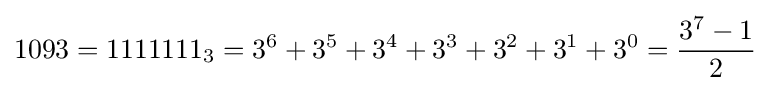
1093=1111111_{3}=3^{6}+3^{5}+3^{4}+3^{3}+3^{2}+3^{1}+3^{0}={\frac {3^{7}-1}{2}}